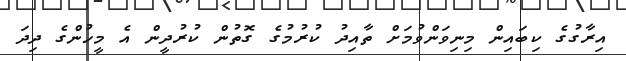
އިރާގުގެ ކިބައިން މިނިވަންވުމަށް ތާއިދު ކުރުމުގެ ގޮތުން ކުރުދީން އެ މީހުންގެ ދިދަ